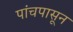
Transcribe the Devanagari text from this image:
पांचपासून